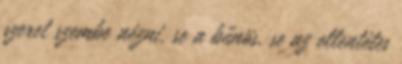
szeret szembe nézni, se a bűnös, se az ellentétes